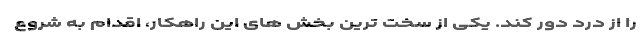
را از درد دور کند. یکی از سخت ترین بخش های این راهکار، اقدام به شروع